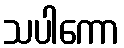
သပါကော